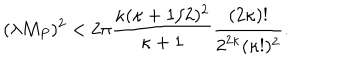
( \lambda M _ { P } ) ^ { 2 } < 2 \pi \frac { \kappa ( \kappa + 1 / 2 ) ^ { 2 } } { \kappa + 1 } \frac { ( 2 \kappa ) ! } { 2 ^ { 2 \kappa } ( \kappa ! ) ^ { 2 } } .